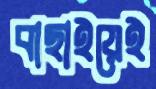
বাছাইয়েই